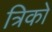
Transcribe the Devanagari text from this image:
त्रिको